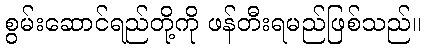
စွမ်းဆောင်ရည်တို့ကို ဖန်တီးရမည်ဖြစ်သည်။